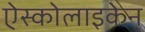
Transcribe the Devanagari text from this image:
ऐस्कोलाइकेन